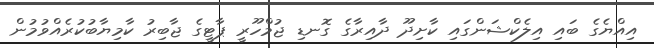
އިއްޔެގެ ބައި އިލެކްޝަންގައި ކާށިދޫ ދާއިރާގެ ގޮނޑި ޖުމްހޫރީ ޕާޓީގެ ޖާބިރު ކާމިޔާބުކުރެއްވުމުން